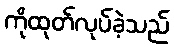
ကိုထုတ်လုပ်ခဲ့သည်